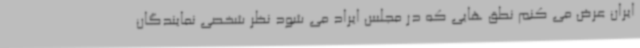
ایران عرض می کنم نطق هایی که در مجلس ایراد می شود نظر شخصی نمایندگان